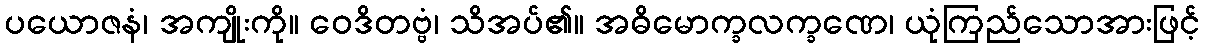
ပယောဇနံ၊ အကျိုးကို။ ဝေဒိတဗ္ဗံ၊ သိအပ်၏။ အဓိမောက္ခလက္ခဏေ၊ ယုံကြည်သောအားဖြင့်